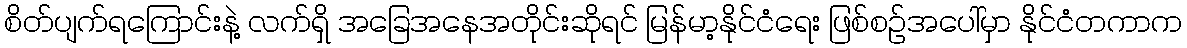
စိတ်ပျက်ရကြောင်းနဲ့ လက်ရှိ အခြေအနေအတိုင်းဆိုရင် မြန်မာ့နိုင်ငံရေး ဖြစ်စဉ်အပေါ်မှာ နိုင်ငံတကာက